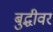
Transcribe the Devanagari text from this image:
बुद्धीवर